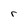
Character: r